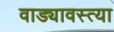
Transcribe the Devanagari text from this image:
वाड्यावस्त्या